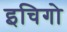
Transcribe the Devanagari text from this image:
इचिगो